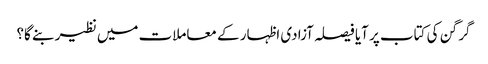
گرگن کی کتاب پر آیا فیصلہ آزادی اظہار کے معاملات میں نظیر بنے گا؟